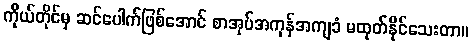
ကိုယ်တိုင်မှ ဆင်ပေါက်ဖြစ်အောင် စာအုပ်အကုန်အကျခံ မထုတ်နိုင်သေးတာ။